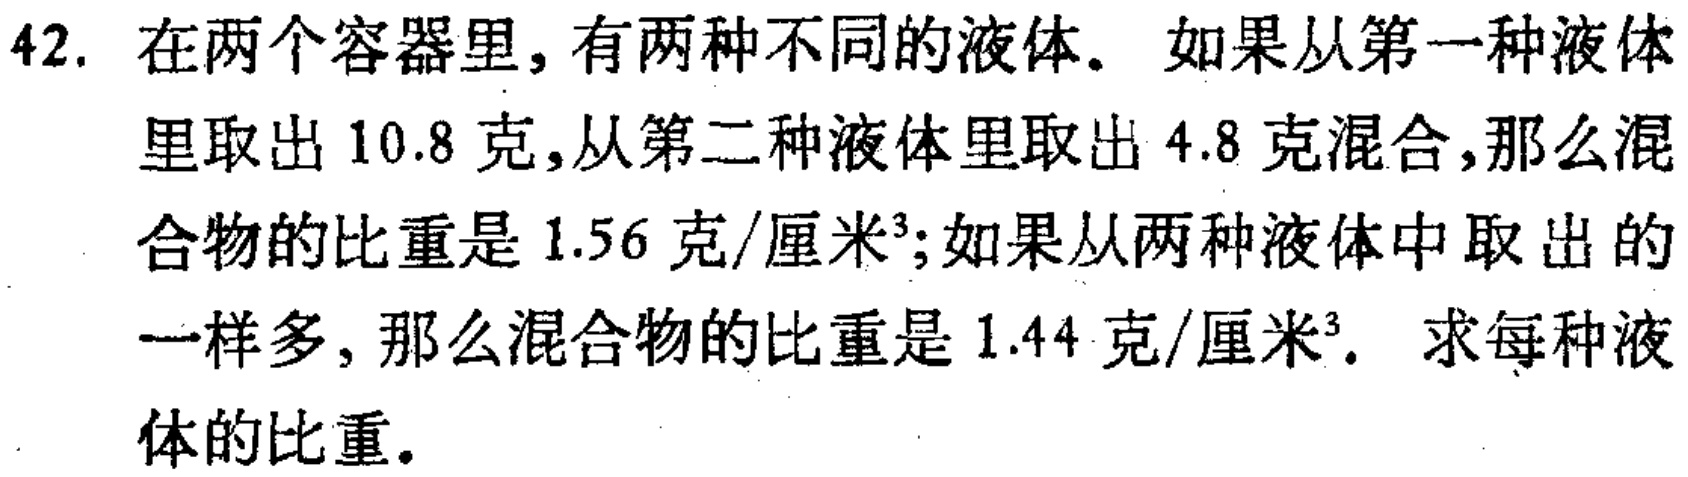
42. 在两个容器里, 有两种不同的液体. 如果从第一种液体里取出 \(10.8\) 克,从第二种液体里取出 \(4.8\) 克混合,那么混合物的比重是 \(1.56\) 克/厘米³;如果从两种液体中取出的一样多, 那么混合物的比重是 \(1.44\) 克/厘米³. 求每种液体的比重.